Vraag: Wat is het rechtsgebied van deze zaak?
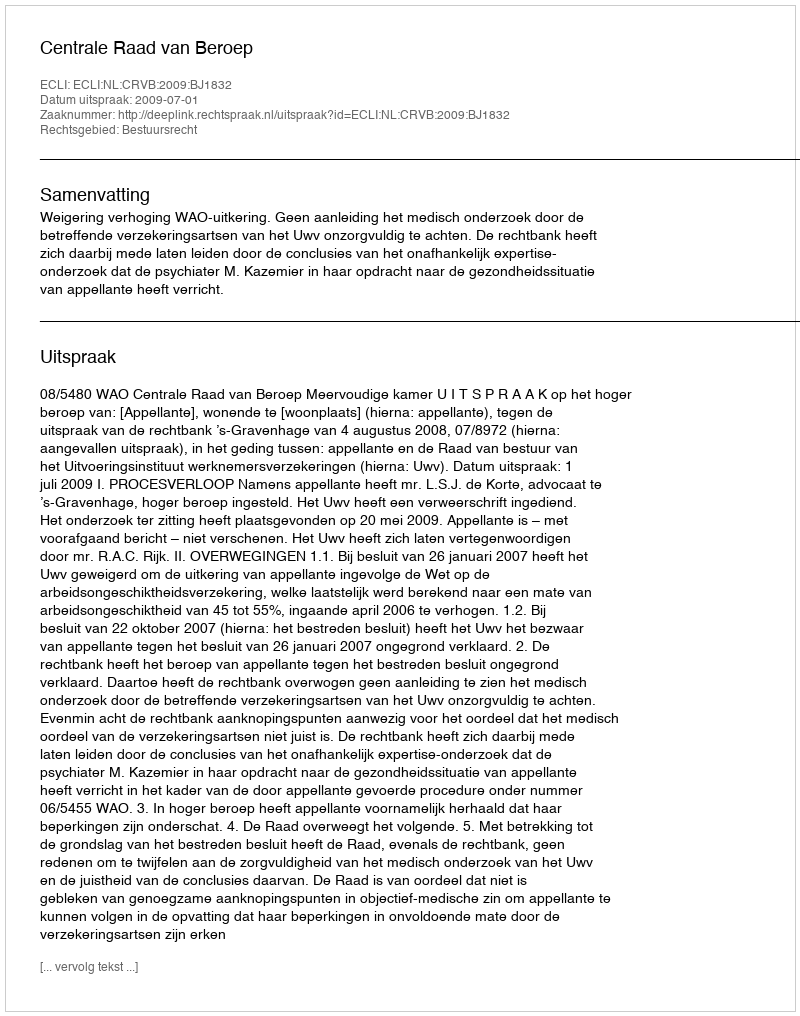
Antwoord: Bestuursrecht